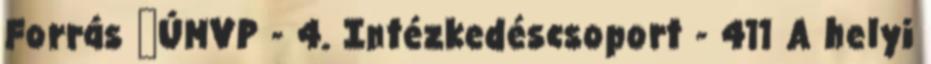
Forrás ▪ÚMVP - 4. Intézkedéscsoport - 411 A helyi